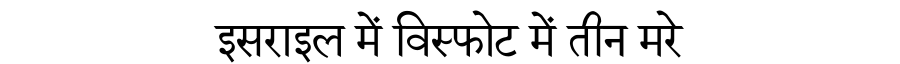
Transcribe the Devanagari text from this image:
इसराइल में विस्फोट में तीन मरे